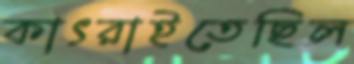
কাৎরাইতেছিল